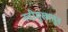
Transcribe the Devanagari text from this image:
नदीमुखातून